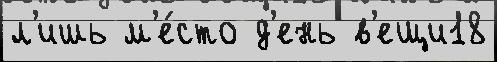
л'ишь м'е́сто д'ень в'ещи18